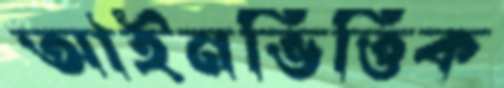
আইনভিত্তিক